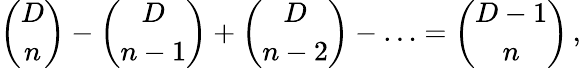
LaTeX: {\binom{D}{n}}-{\binom{D}{n-1}}+{\binom{D}{n-2}}-\ldots={\binom{D-1}{n}}\, ,